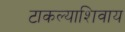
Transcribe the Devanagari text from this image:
टाकल्याशिवाय